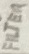
Text: FILTER